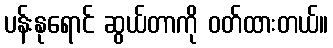
ပန်းနုရောင် ဆွယ်တာကို ဝတ်ထားတယ်။